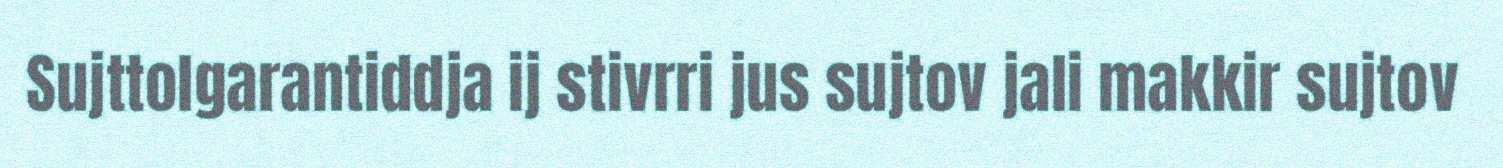
Sujttolgarantiddja ij stivrri jus sujtov jali makkir sujtov